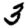
Digit: 3